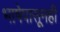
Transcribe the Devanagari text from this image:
भाषेपासूनही